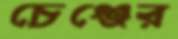
চেঞ্জের